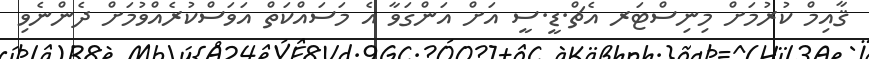
ޤާއިމް ކުރުމަށް މިނިސްޓަރ އެޗް.ޑީ.ސީ އަށް އަންގަވާ އެ މަސައްކަތް އަވަސްކުރެއްވުމަަށް ދެންނެވި